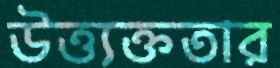
উত্ত্যক্ততার